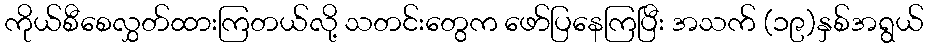
ကိုယ်စီစေလွှတ်ထားကြတယ်လို့ သတင်းတွေက ဖော်ပြနေကြပြီး အသက် (၁၉)နှစ်အရွယ်